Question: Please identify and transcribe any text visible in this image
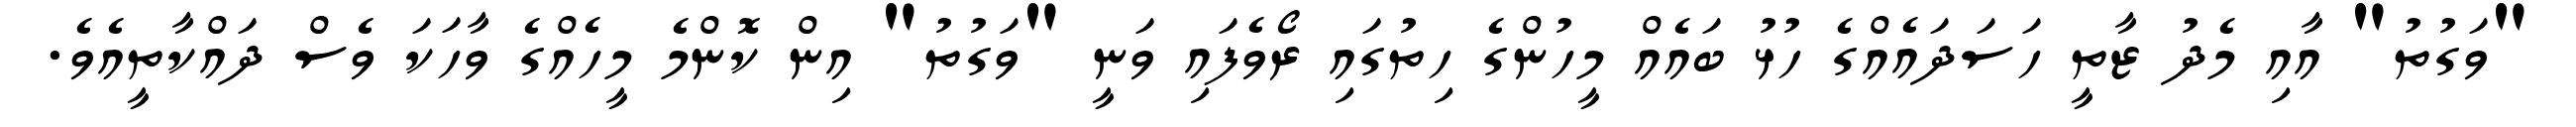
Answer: "ވަގުތު" އާއި މެދު ޒާތީ ހަސަދައެއްގެ ހުޅު ބައެއް މީހުންގެ ހިތުގައި ރޯވެފައި ވަނީ "ވަގުތު" އިން ކޮންމެ މީހެއްގެ ވާހަކަ ވެސް ދައްކާތީއެވެ.